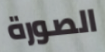
الصورة